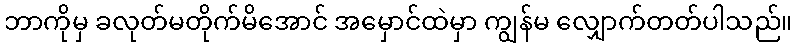
ဘာကိုမှ ခလုတ်မတိုက်မိအောင် အမှောင်ထဲမှာ ကျွန်မ လျှောက်တတ်ပါသည်။